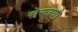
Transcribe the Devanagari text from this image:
सेरज्यो